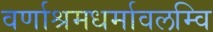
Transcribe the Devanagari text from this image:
वर्णाश्रमधर्मावलम्वि